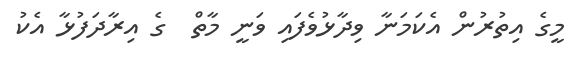
މީގެ އިތުރުން އެކަމަނާ ވިދާޅުވެފައި ވަނީ މާތް  ގެ އިރާދަފުޅާ އެކު